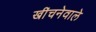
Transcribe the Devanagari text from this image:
खींचनेवाले